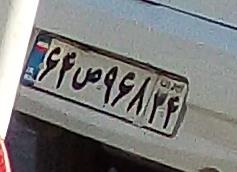
۶۴ص۹۶۸۳۴